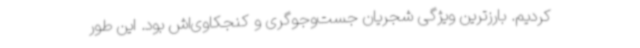
کردیم. بارزترین ویژگی شجریان جست‌وجوگری و کنجکاوی‌اش بود. این‌ طور